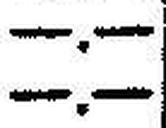
—.—